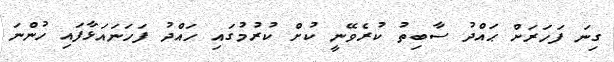
ގިނަ ފަހަރަށް ޙައްދު ސާބިތު ކުރެވޭނީ ކުށް ކުރުމުގައި ހައްދު ފަހަނައަޅާފައި ހުންނަ